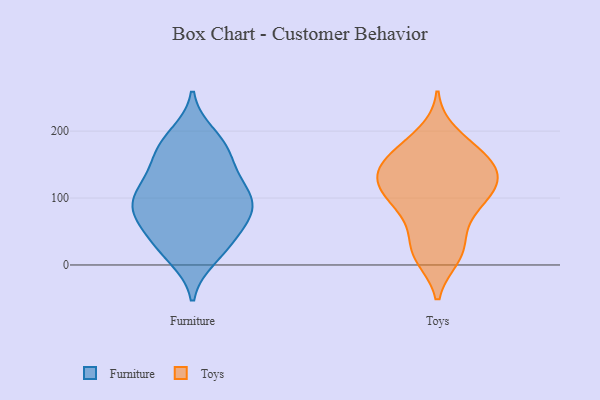
{"axis": {"x": "Active Users", "y": "Value"}, "legend": ["Furniture", "Toys"], "data": [{"x": "", "y": 63, "type": "Furniture"}, {"x": "", "y": 25, "type": "Furniture"}, {"x": "", "y": 81, "type": "Furniture"}, {"x": "", "y": 102, "type": "Furniture"}, {"x": "", "y": 172, "type": "Furniture"}, {"x": "", "y": 178, "type": "Furniture"}, {"x": "", "y": 44, "type": "Furniture"}, {"x": "", "y": 174, "type": "Furniture"}, {"x": "", "y": 23, "type": "Furniture"}, {"x": "", "y": 92, "type": "Furniture"}, {"x": "", "y": 86, "type": "Furniture"}, {"x": "", "y": 63, "type": "Furniture"}, {"x": "", "y": 194, "type": "Furniture"}, {"x": "", "y": 144, "type": "Furniture"}, {"x": "", "y": 101, "type": "Furniture"}, {"x": "", "y": 90, "type": "Furniture"}, {"x": "", "y": 128, "type": "Furniture"}, {"x": "", "y": 127, "type": "Furniture"}, {"x": "", "y": 12, "type": "Furniture"}, {"x": "", "y": 13, "type": "Toys"}, {"x": "", "y": 74, "type": "Toys"}, {"x": "", "y": 132, "type": "Toys"}, {"x": "", "y": 110, "type": "Toys"}, {"x": "", "y": 30, "type": "Toys"}, {"x": "", "y": 170, "type": "Toys"}, {"x": "", "y": 83, "type": "Toys"}, {"x": "", "y": 109, "type": "Toys"}, {"x": "", "y": 14, "type": "Toys"}, {"x": "", "y": 126, "type": "Toys"}, {"x": "", "y": 115, "type": "Toys"}, {"x": "", "y": 156, "type": "Toys"}, {"x": "", "y": 134, "type": "Toys"}, {"x": "", "y": 195, "type": "Toys"}, {"x": "", "y": 157, "type": "Toys"}, {"x": "", "y": 153, "type": "Toys"}, {"x": "", "y": 25, "type": "Toys"}, {"x": "", "y": 124, "type": "Toys"}, {"x": "", "y": 83, "type": "Toys"}, {"x": "", "y": 174, "type": "Toys"}]}